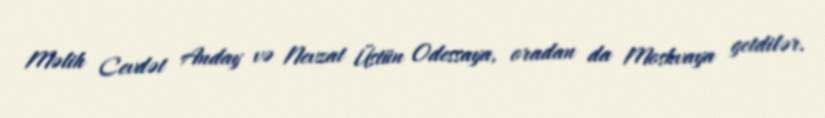
Məlih Cevdət Anday və Nevzat Üstün Odessaya, oradan da Moskvaya getdilər.